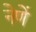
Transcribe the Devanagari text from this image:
नेणें